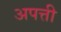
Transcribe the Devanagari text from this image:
अपत्ती